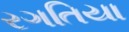
રગતિયા